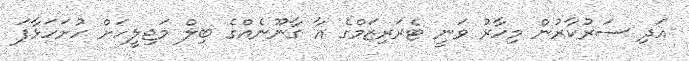
އަދި ސަރުކާރުން މިހާރު ވަނީ ޓެރަރިޒަމްގެ އާ ގާނޫނެއްގެ ބިލް މަޖިލީހަށް ހުށަހަޅާފަ